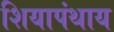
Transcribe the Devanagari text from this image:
शियापंथाय